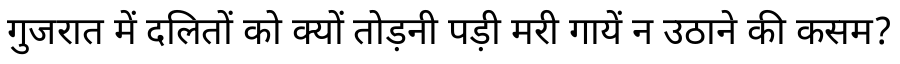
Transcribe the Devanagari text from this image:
गुजरात में दलितों को क्यों तोड़नी पड़ी मरी गायें न उठाने की कसम?